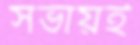
সভায়ই